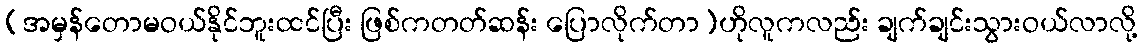
(အမှန်တောမဝယ်နိုင်ဘူးထင်ပြီး ဖြစ်ကတတ်ဆန်း ပြောလိုက်တာ)ဟိုလူကလည်း ချက်ချင်းသွားဝယ်လာလို့